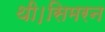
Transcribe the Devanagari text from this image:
थी।सिमरन